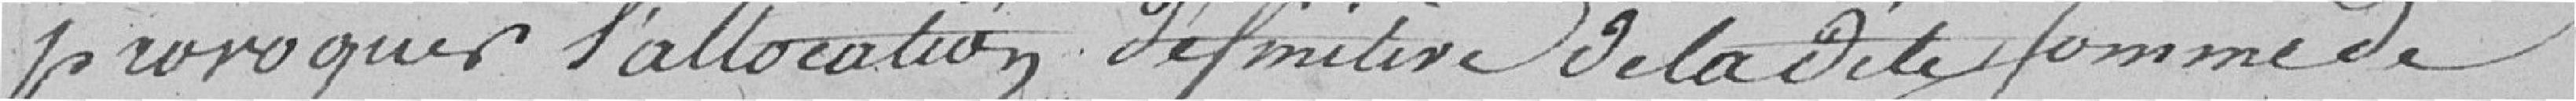
provoquer l'allocation définitive de ladite somme de